65_HS1-834228961_62-HQ-83894_Serial_164
Agency: FBI
Page 133
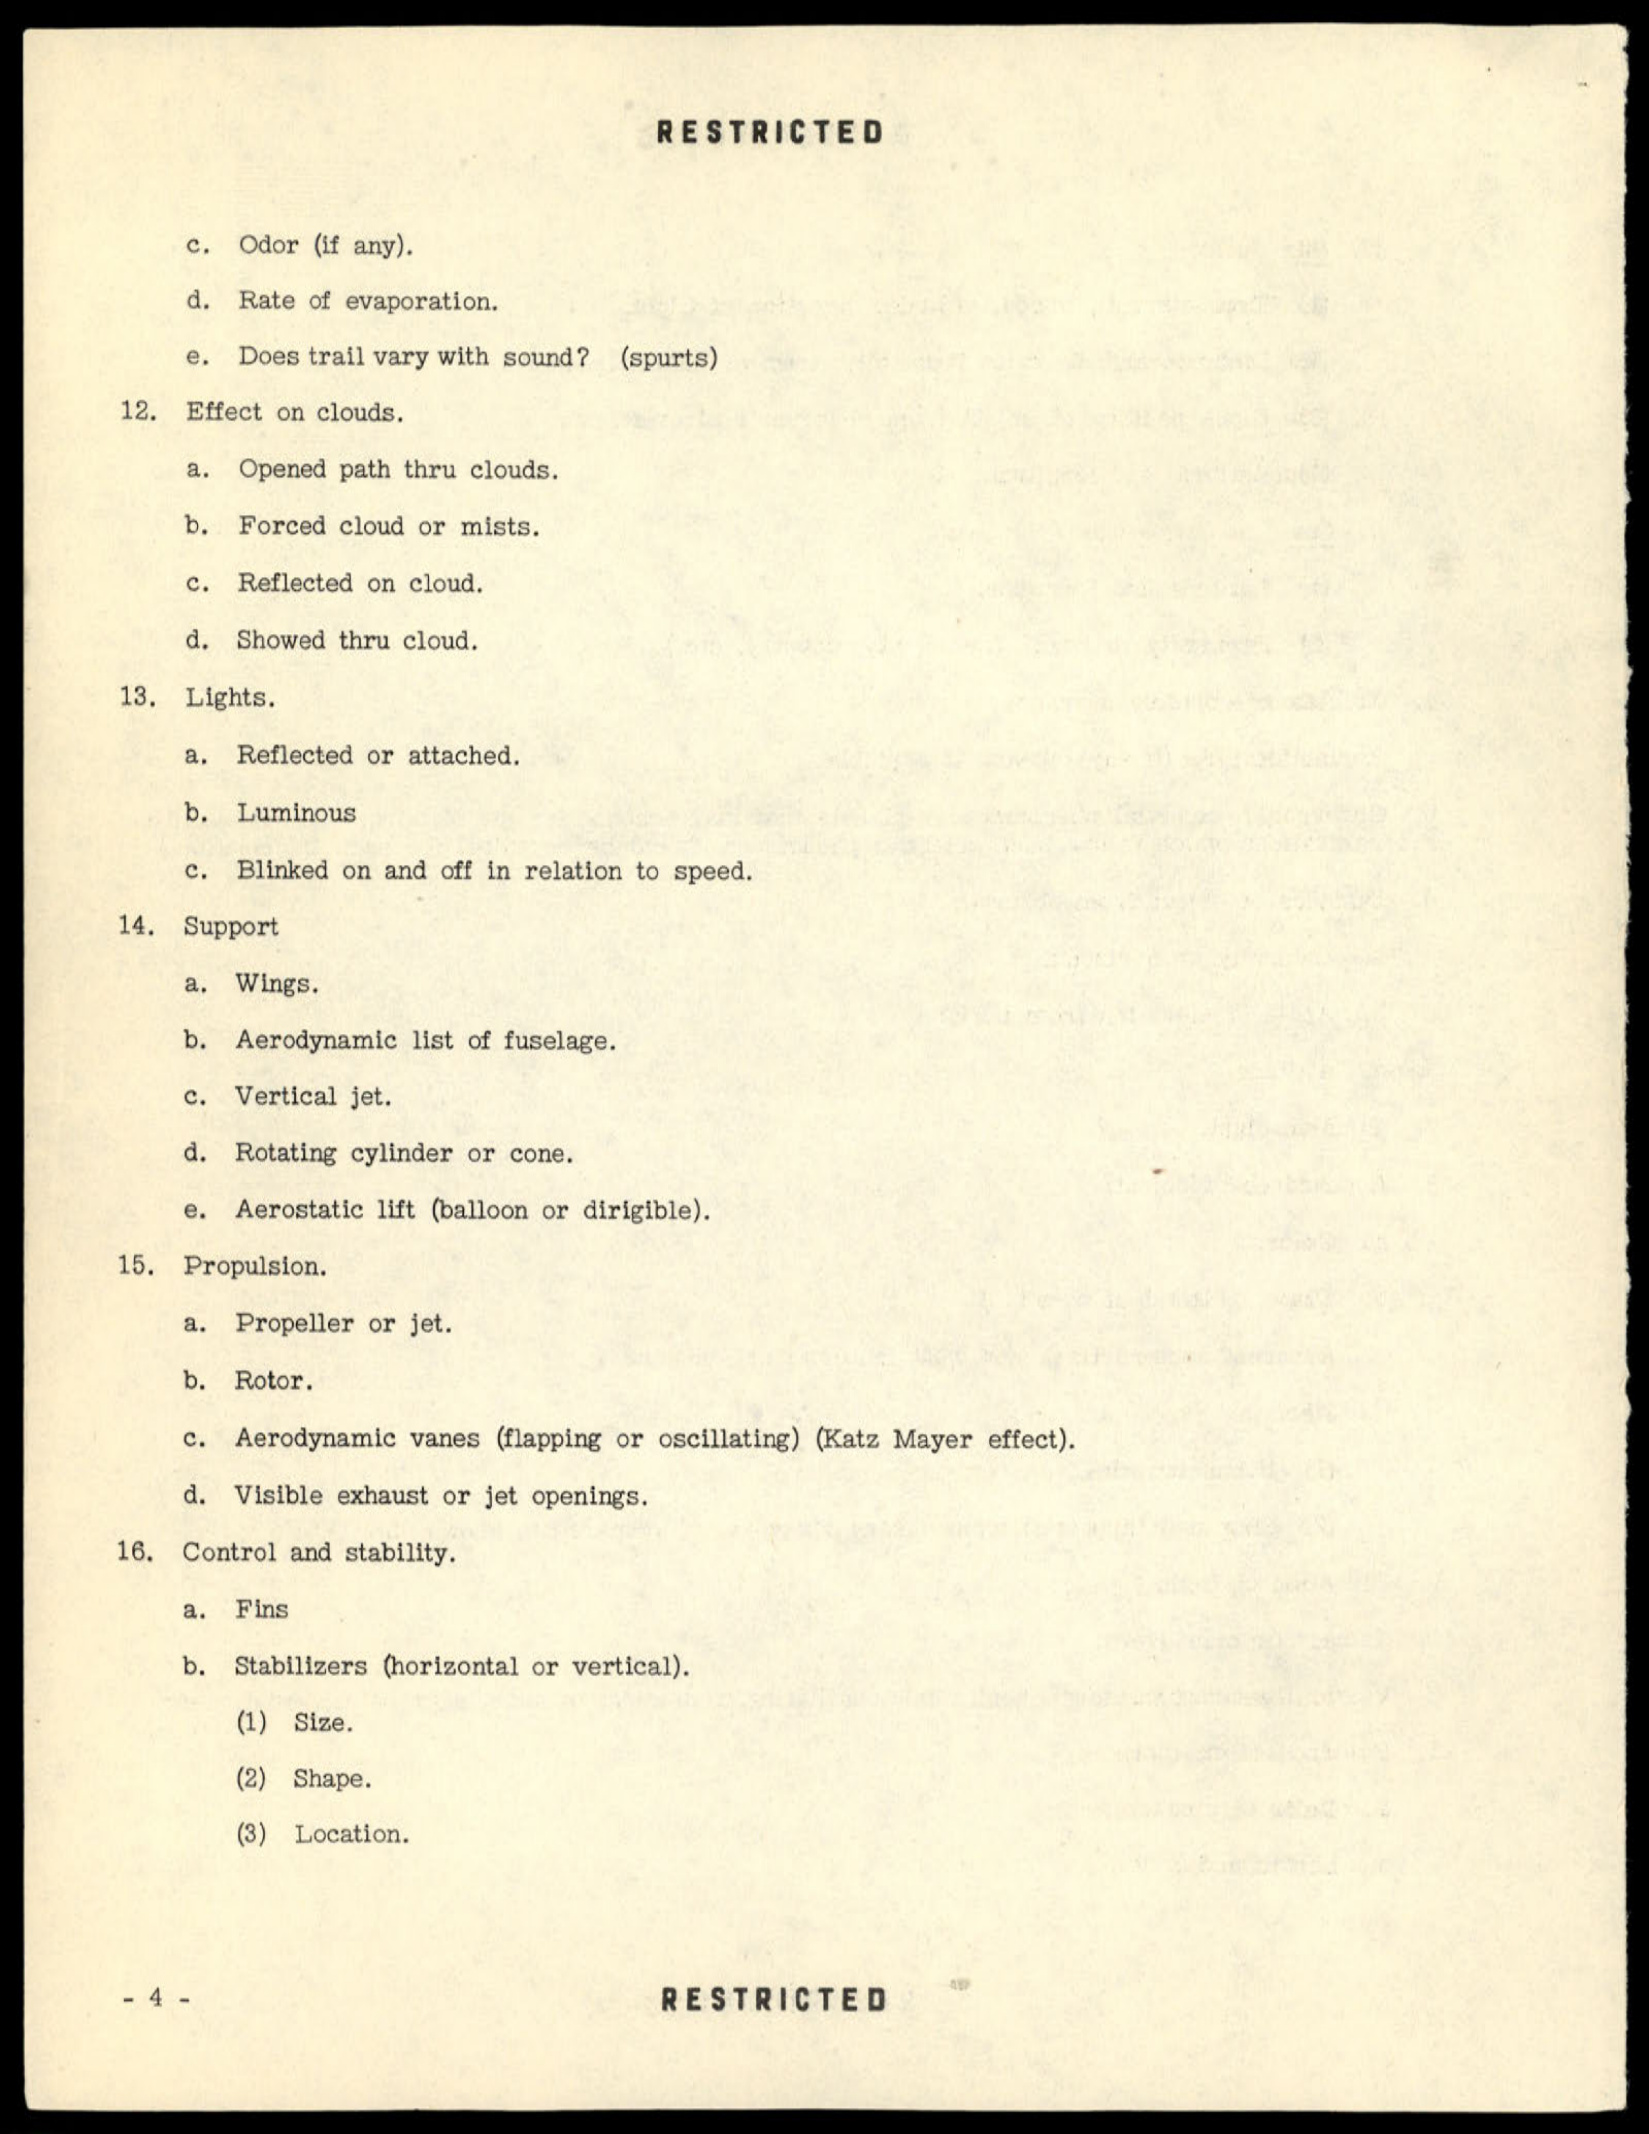